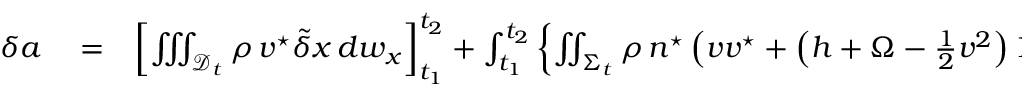
\begin{array} { r l r } { \delta a } & { { } = } & { \left[ \iiint _ { { \mathcal D } _ { t } } \rho \, { \boldsymbol v } ^ { \star } \tilde { \delta } \boldsymbol { x } \, d w _ { x } \right] _ { t _ { 1 } } ^ { t _ { 2 } } + \int _ { t _ { 1 } } ^ { t _ { 2 } } \left\{ \iint _ { \Sigma _ { t } } \rho \, \boldsymbol { n } ^ { \star } \left( { \boldsymbol v } { \boldsymbol v } ^ { \star } + \left( h + \Omega - \frac { 1 } { 2 } { \boldsymbol v } ^ { 2 } \right) \boldsymbol 1 \right) \, \tilde { \delta } \boldsymbol { x } \, d \sigma \right\} d t } \end{array}